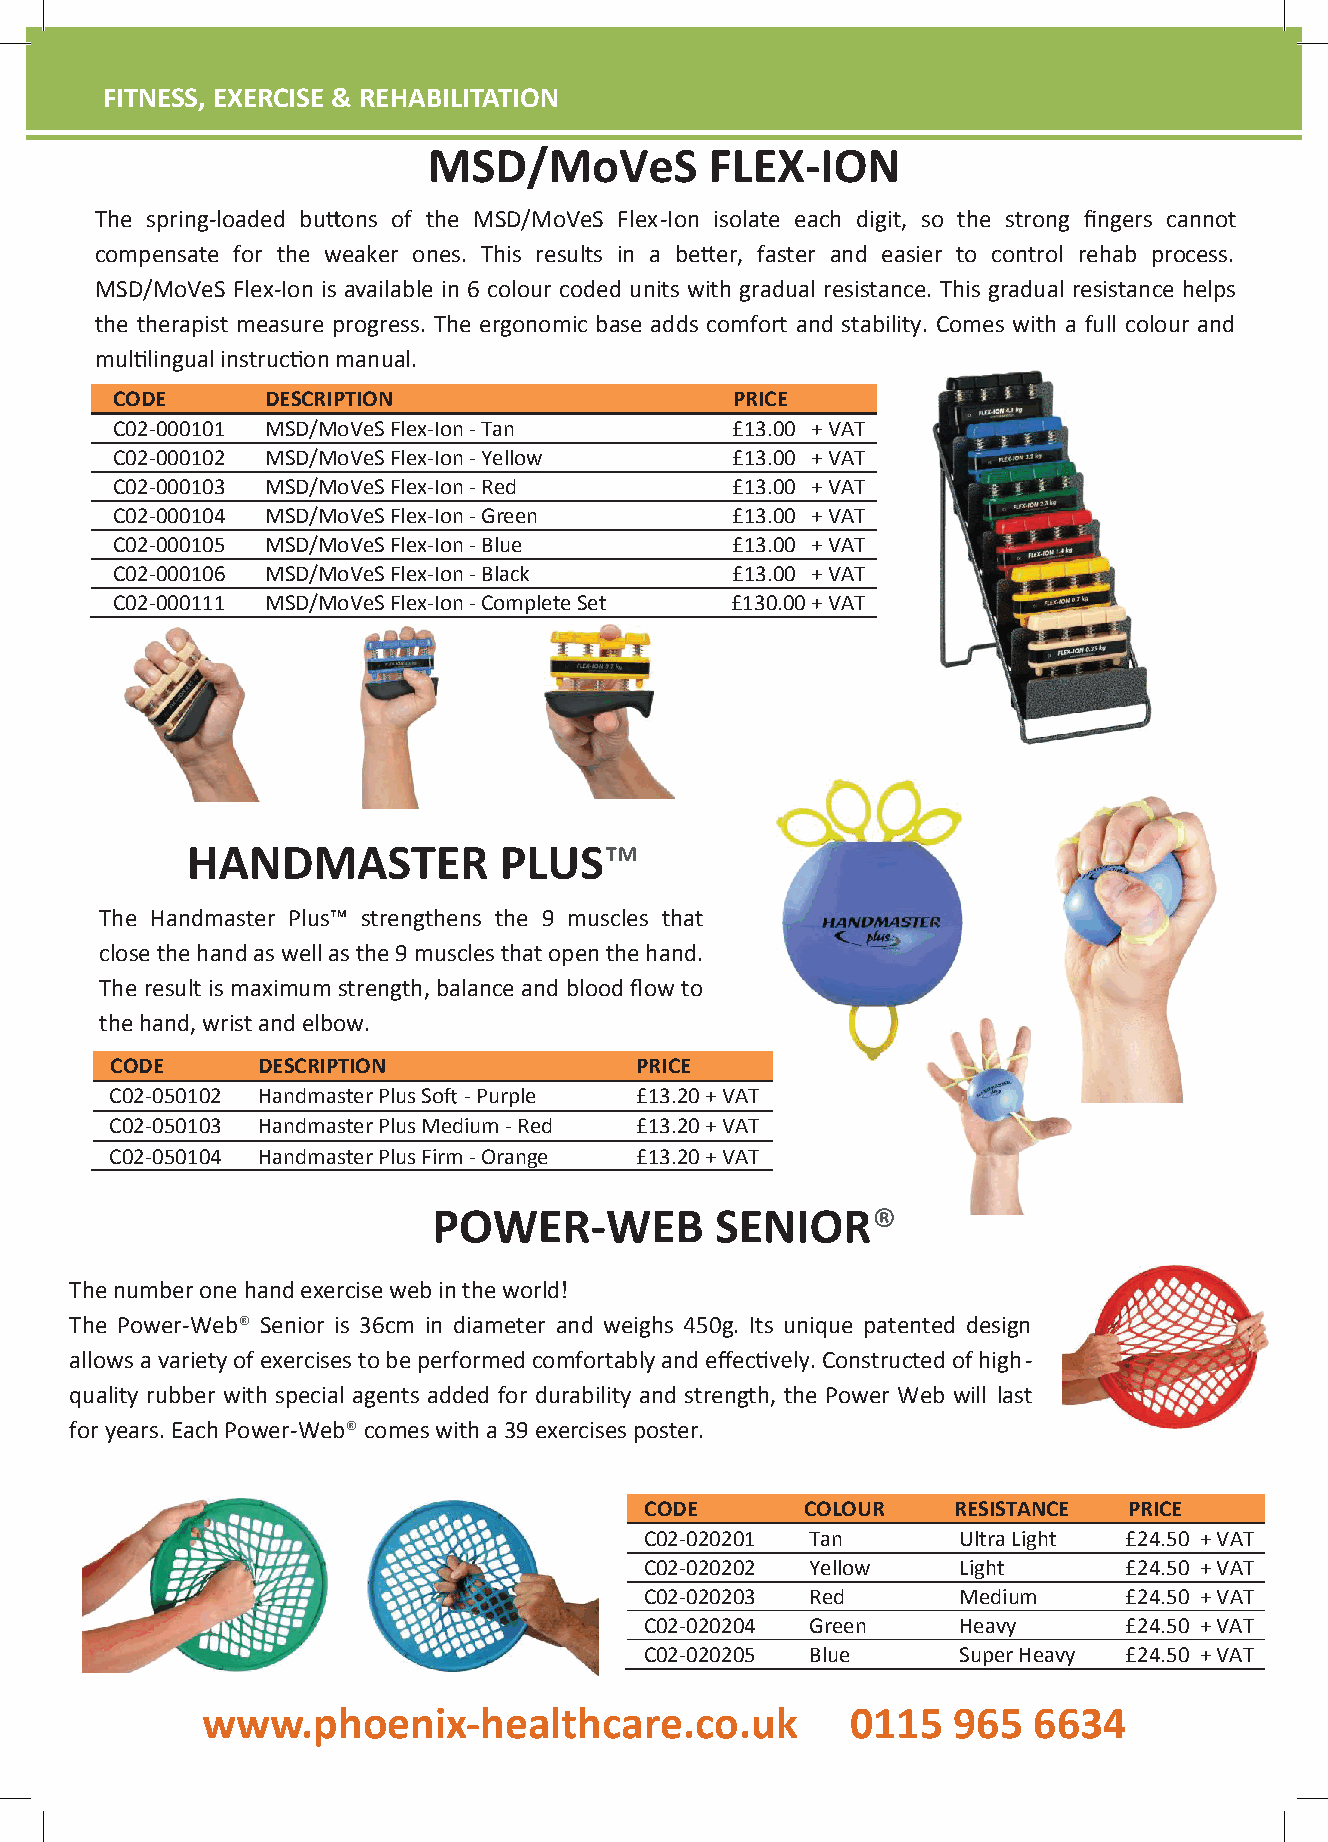
FITNFFEIITTSNNS,EEESSSSX,,E EERXXCEEISRRECCII&SSEER &&EH RRAEEBHHIAALIBBTIIALLTIITTIAAOTTNIIOONN
 MSD/MoVeS          FLEX-ION
 The spring-loaded bu ons of the MSD/MoVeS Flex-Ion isolate each digit, so the strong fingers cannot
 compensate for the weaker ones. This results in a be er, faster and easier to control rehab process.
 MSD/MoVeS Flex-Ion is available in 6 colour coded units with gradual resistance. This gradual resistance helps
 the therapist measure progress. The ergonomic base adds comfort and stability. Comes with a full colour and
 mul ingualinstruc onmanual.
 CODE       DESCRIPTION                    PRICE
 C02-000101 MSD/MoVeS Flex-Ion-Tan        £13.00 + VAT
 C02-000102 MSD/MoVeS Flex-Ion-Yellow     £13.00 +VAT
 C02-000103 MSD/MoVeS Flex-Ion-Red        £13.00 +VAT
 C02-000104 MSD/MoVeS Flex-Ion-Green      £13.00 +VAT
 C02-000105 MSD/MoVeS Flex-Ion-Blue       £13.00 +VAT
 C02-000106 MSD/MoVeS Flex-Ion-Black      £13.00 +VAT
 C02-000111 MSD/MoVeS Flex-Ion-CompleteSet £130.00+VAT
 HANDMASTER           PLUS™
 The Handmaster Plus™ strengthens the 9 muscles that
 closethehandaswellasthe9musclesthatopenthehand.
 The result is maximum strength,balance and blood flow to
 thehand,wristandelbow.
 CODE      DESCRIPTION              PRICE
 C02-050102 HandmasterPlus So -Purple £13.20+ VAT
 C02-050103 HandmasterPlusMedium-Red £13.20+ VAT
 C02-050104 HandmasterPlus Firm-Orange £13.20+ VAT
 POWER-WEB         SENIOR®
 Thenumberonehandexercisewebintheworld!
 The Power-Web® Senior is 36cm in diameter and weighs 450g. Its unique patented design
 allowsavariety ofexercisestobeperformedcomfortablyandeffec .Constructedofhigh-
 quality rubber with special agents added for durability and strength, the Power Web will last
 foryears.EachPower-Web®comeswitha39exercisesposter.
 CODE      COLOUR    RESISTANCE  PRICE
 C02-020201 Tan      UltraLight £24.50 + VAT
 C02-020202 Yellow   Light      £24.50 + VAT
 C02-020203 Red      Medium     £24.50 + VAT
 C02-020204 Green    Heavy      £24.50 + VAT
 C02-020205 Blue     SuperHeavy £24.50 + VAT
 wwwwww..pphhooeenniixx--hheeaalltthhccaarree..ccoo..uukk 00111155 996655 66663344
 www.phoenix-healthcare.co.uk         0115  965 6634